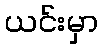
ယင်းမှာ